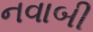
નવાબી